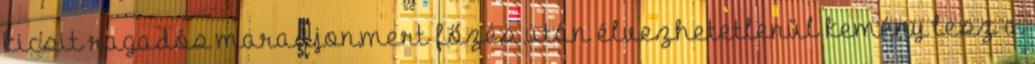
kicsit ragadós maradjon,mert főzés után élvezhetetlenül kemény lesz a